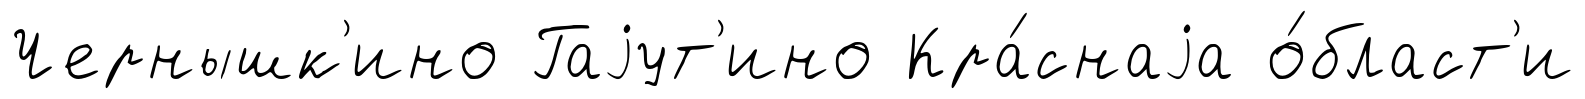
Чернышк'ино Гаjут'ино Кра́снаjа о́бласт'и